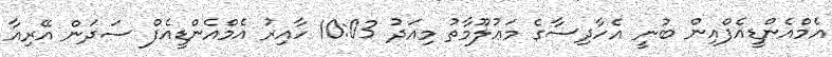
އެމްއެންޑީއެފްއިން ބުނީ އެހާދިސާގެ މަޢުލޫމާތު މިއަދު 10:03 ހާއިރު އެމްއެންޑީއެފް ސަދަން އޭރިއާ